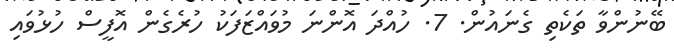
ބޭނުންވާ ތަކެތި ގެނައުން. 7. ހުއްދަ އޮންނަ މުވައްޒަފަކު ހުރެގެން އޮފީސް ހުޅުވައި